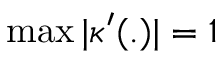
\operatorname* { m a x } | \kappa ^ { \prime } ( . ) | = 1